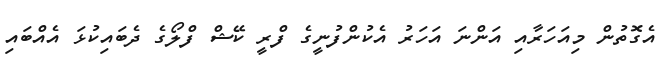
އެގޮތުން މިއަހަރާއި އަންނަ އަހަރު އެކުންފުނީގެ ފްރީ ކޭޝް ފްލޯގެ ދެބައިކުޅަ އެއްބައި